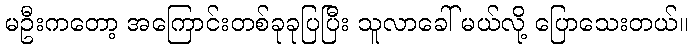
မဦးကတော့ အကြောင်းတစ်ခုခုပြပြီး သူလာခေါ် မယ်လို့ ပြောသေးတယ်။